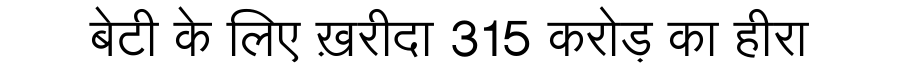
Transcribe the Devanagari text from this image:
बेटी के लिए ख़रीदा 315 करोड़ का हीरा